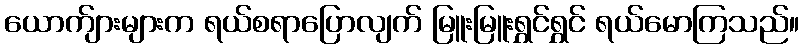
ယောက်ျားများက ရယ်စရာပြောလျက် မြူးမြူးရွှင်ရွှင် ရယ်မောကြသည်။